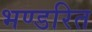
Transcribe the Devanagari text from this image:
भण्डरित